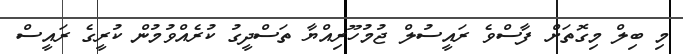
މި ބިލް މިގޮތަށް ފާސްވެ ރައީސުލް ޖުމުހޫރިއްޔާ ތަސްދީގު ކުރެއްވުމުން ކުރީގެ ރައީސް